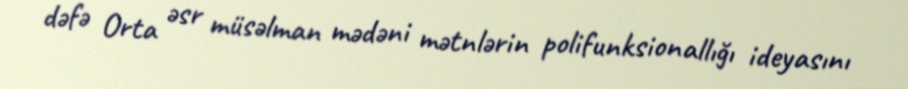
dəfə Orta əsr müsəlman mədəni mətnlərin polifunksionallığı ideyasını